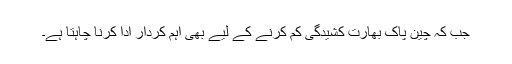
جب کہ چین پاک بھارت کشیدگی کم کرنے کے لیے بھی اہم کردار ادا کرنا چاہتا ہے۔